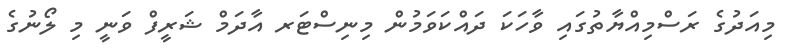
މިއަދުގެ ރަސްމިއްޔާތުގައި ވާހަކަ ދައްކަވަމުން މިނިސްޓަރ އާދަމް ޝަރީފް ވަނީ މި ލޯނުގެ